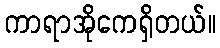
ကာရာအိုကေရှိတယ်။